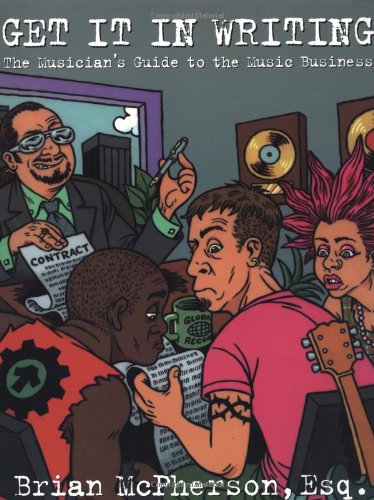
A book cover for Get It in Writing: The Musician's Guide to the Music Business; Brian McPherson; Law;